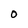
Character: 0